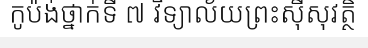
កូប៉ង់ថ្នាក់ទី ៧ វិទ្យាល័យព្រះស៊ីសុវត្ថិ